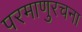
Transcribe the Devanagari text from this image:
परमाणुरचना